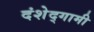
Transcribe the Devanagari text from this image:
दंशेद्गामी